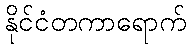
နိုင်ငံတကာရောက်